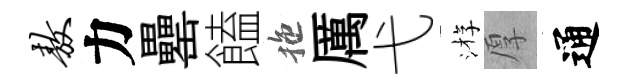
敖力罍饁拖厲弋㳺厚通